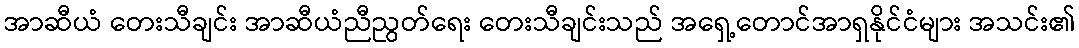
အာဆီယံ တေးသီချင်း အာဆီယံညီညွတ်ရေး တေးသီချင်းသည် အရှေ့တောင်အာရှနိုင်ငံများ အသင်း၏